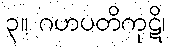
၃။ ဂဟပတိကုဋိ၊